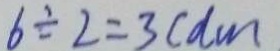
6 \div 2 = 3 ( d m